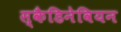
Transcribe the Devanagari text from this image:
स्कैडिनेवियन